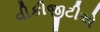
વીકીજીટીએ